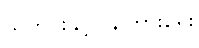
သတင်းနှင့်ပြန်ကြားရေး